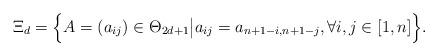
LaTeX: \begin{align*}\Xi_d =\Big\{ A =(a_{ij}) \in \Theta_{2d+1} \big \vert a_{ij} = a_{n+1 -i, n+1-j}, \forall i, j\in [1, n]\Big \}.\end{align*}